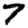
Digit: 7